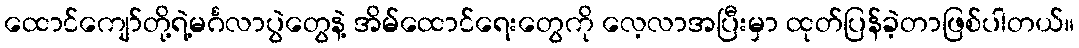
ထောင်ကျော်တို့ရဲ့မင်္ဂလာပွဲတွေနဲ့ အိမ်ထောင်ရေးတွေကို လေ့လာအပြီးမှာ ထုတ်ပြန်ခဲ့တာဖြစ်ပါတယ်။